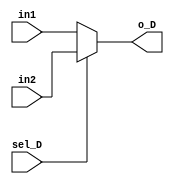
`timescale 1ns / 1ps
//////////////////////////////////////////////////////////////////////////////////
// Company: 
// Engineer: 
// 
// Design Name: 
// Module Name: Mux_D
// Project Name: 
// Target Devices: 
// Tool Versions: 
// Description: 
// 
// Dependencies: 
// 
// Revision:
// Revision 0.01 - File Created
// Additional Comments:
// 
//////////////////////////////////////////////////////////////////////////////////



module Mux_D
#(parameter WID = 8)
(in1 , in2 , o_D  , sel_D  );
  
 input sel_D ;
 input [WID-1:0] in1 , in2 ; 
 output[WID-1:0] o_D ;  
 
 assign o_D = sel_D ? in2 :in1 ;
 
endmodule